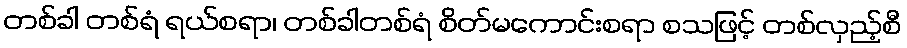
တစ်ခါ တစ်ရံ ရယ်စရာ၊ တစ်ခါတစ်ရံ စိတ်မကောင်းစရာ စသဖြင့် တစ်လှည့်စီ